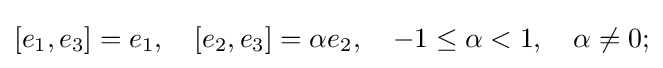
[e_{1},e_{3}]=e_{1},\quad [e_{2},e_{3}]=\alpha e_{2},\quad -1\leq \alpha <1,\quad \alpha \neq 0;